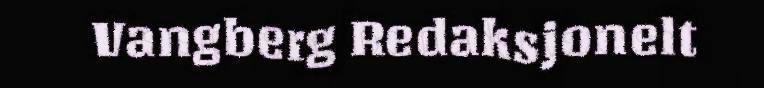
Vangberg Redaksjonelt